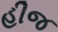
હીજ